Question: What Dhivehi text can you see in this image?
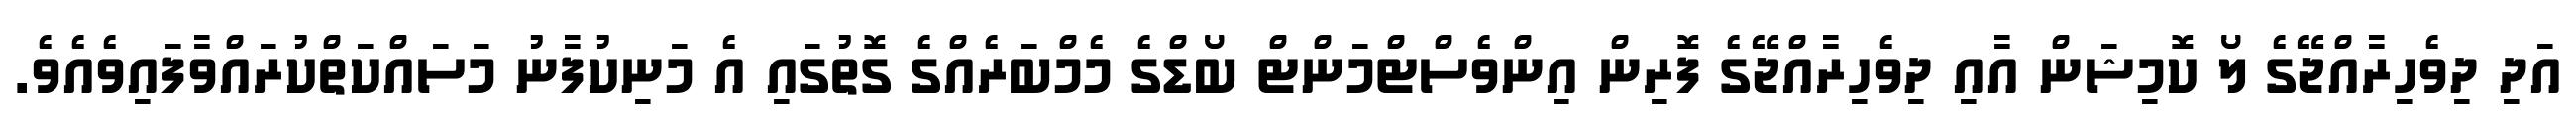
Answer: އަދި ދިވެހިރާއްޖޭގެ ލޯ ކޮމިޝަން އާއި ދިވެހިރާއްޖޭގެ ފޮރިން އިންވެސްޓްމަންޓް ބޯޑްގެ މެމްބަރެއްގެ ގޮތުގައި އެ މަނިކުފާނު މަސައްކަތްކުރައްވާފައިވެއެވެ.